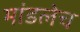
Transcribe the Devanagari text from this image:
मांडलेच